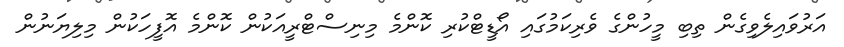
އަރުވައިލެވިގެން ތިބި މީހުންގެ ވެރިކަމުގައި އޯޑީޓްކުރި ކޮންމެ މިނިސްޓްރީއަކުން ކޮންމެ އޮފީހަކުން މިލިޔަނުން